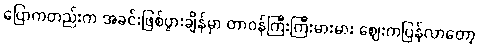
ပြောကတည်းက အခင်းဖြစ်ပွားချိန်မှာ တာဝန်ကြီးကြီးမားမား ဈေးကပြန်လာတော့